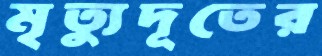
মৃত্যুদূতের